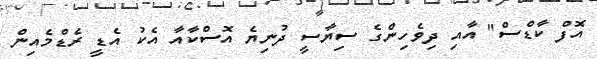
އޮފް ކާޑްސް" އާއި ދިވެހިންގެ ސިޔާސީ ދުނިޔެ އޮސްކާއާ އެކު އެޑީ ރެޑްމެއިން